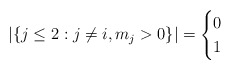
\begin{align*}|\{ j\le 2: j \not=i, m_j>0 \}| = \begin{cases} 0 \\1 \end{cases}\end{align*}